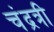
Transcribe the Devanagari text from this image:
चंद्रत्री